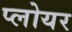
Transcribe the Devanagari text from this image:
प्लोयर